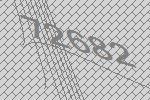
72682